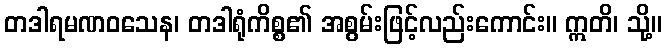
တဒါရမဏဝသေန၊ တဒါရုံကိစ္စ၏ အစွမ်းဖြင့်လည်းကောင်း။ ဣတိ၊ သို့။